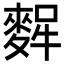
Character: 𪌸